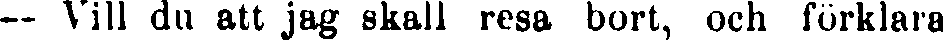
— Vill du att jag skall resa bort, och förklara